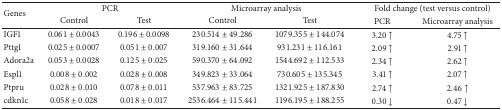
<table><thead><tr><td rowspan="2"><b>Genes</b></td><td colspan="2"><b>PCR</b></td><td colspan="2"><b>Microarray analysis</b></td><td colspan="2"><b>Fold change (test versus control)</b></td></tr><tr><td><b>Control</b></td><td><b>Test</b></td><td><b>Control</b></td><td><b>Test</b></td><td><b>PCR</b></td><td><b>Microarray analysis</b></td></tr></thead><tbody><tr><td>IGF1</td><td>0.061 ± 0.0043</td><td>0.196 ± 0.0098</td><td>230.514 ± 49.286</td><td>1079.355 ± 144.074</td><td>3.20 ↑</td><td>4.75 ↑</td></tr><tr><td>Pttg1</td><td>0.025 ± 0.0007</td><td>0.051 ± 0.007</td><td>319.160 ± 31.644</td><td>931.231 ± 116.161</td><td>2.09 ↑</td><td>2.91 ↑</td></tr><tr><td>Adora2a</td><td>0.053 ± 0.0028</td><td>0.125 ± 0.025</td><td>590.370 ± 64.092</td><td>1544.692 ± 112.533</td><td>2.34 ↑</td><td>2.62 ↑</td></tr><tr><td>Espl1</td><td>0.008 ± 0.002</td><td>0.028 ± 0.008</td><td>349.823 ± 33.064</td><td>730.605 ± 135.345</td><td>3.41 ↑</td><td>2.07 ↑</td></tr><tr><td>Ptpru</td><td>0.028 ± 0.010</td><td>0.078 ± 0.011</td><td>537.963 ± 83.725</td><td>1321.925 ± 187.830</td><td>2.74 ↑</td><td>2.46 ↑</td></tr><tr><td>cdkn1c</td><td>0.058 ± 0.028</td><td>0.018 ± 0.017</td><td>2536.464 ± 115.441</td><td>1196.195 ± 188.255</td><td>0.30 ↓</td><td>0.47 ↓</td></tr></tbody></table>